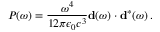
P ( \omega ) = \frac { \omega ^ { 4 } } { 1 2 \pi \epsilon _ { 0 } c ^ { 3 } } { \bf d } ( \omega ) \cdot { \bf d } ^ { * } ( \omega ) \, .